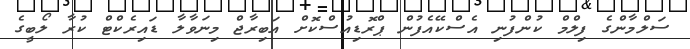
ސަަލްމާންގެ ފިލްމް ކުންފުނި އެސްކޭއެފުން ޕްރޮޑިއުސްކޮށް އަބިރާޖް މިނަވާލާ ޑައިރެކްޓް ކުރާ ލޯބީގެ